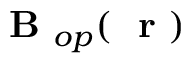
\mathrm { ~ \bf ~ B ~ } _ { o p } ( \mathrm { ~ \bf ~ r ~ } )